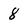
Character: 8